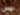
لمس